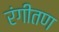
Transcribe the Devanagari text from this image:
रंगीतण